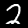
Digit: 2